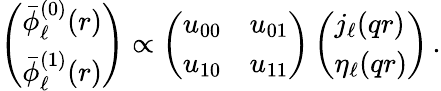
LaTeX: \left(\begin{array}{l}{\bar{\phi}_{\ell}^{\mathrm{(0)}}(r)}\\ {\bar{\phi}_{\ell}^{\mathrm{(1)}}(r)}\end{array}\right)\propto\left(\begin{array}{ll}{u_{00}}&{u_{01}}\\ {u_{10}}&{u_{11}}\end{array}\right)\left(\begin{array}{l}{j_{\ell}(qr)}\\ {\eta_{\ell}(qr)}\end{array}\right)\, .